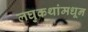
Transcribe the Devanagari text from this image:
लघुकथांमधून